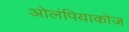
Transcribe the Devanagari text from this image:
ओलंपियाकोज